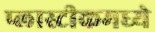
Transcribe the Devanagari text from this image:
प्लास्टीकमध्ये